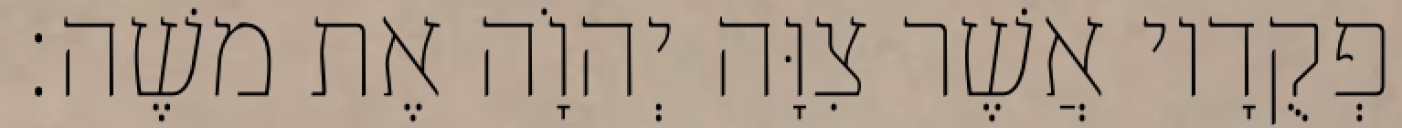
וּפְקֻדָיו אֲשֶׁר צִוָּה יְהוָֹה אֶת משֶׁה׃